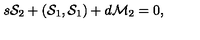
s { \cal S } _ { 2 } + ( { \cal S } _ { 1 } , { \cal S } _ { 1 } ) + d { \cal M } _ { 2 } = 0 ,